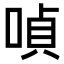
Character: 𠸩